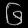
Digit: ၆